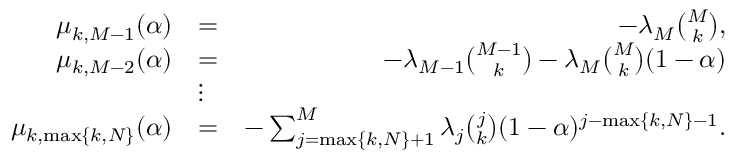
\begin{array} { r l r } { \mu _ { k , M - 1 } ( \alpha ) } & { = } & { - \lambda _ { M } { \binom { M } { k } } , } \\ { \mu _ { k , M - 2 } ( \alpha ) } & { = } & { - \lambda _ { M - 1 } { \binom { M - 1 } { k } } - \lambda _ { M } { \binom { M } { k } } ( 1 - \alpha ) } \\ & { \vdots } & \\ { \mu _ { k , \operatorname* { m a x } \{ k , N \} } ( \alpha ) } & { = } & { - \sum _ { j = \operatorname* { m a x } \{ k , N \} + 1 } ^ { M } \lambda _ { j } { \binom { j } { k } } ( 1 - \alpha ) ^ { j - \operatorname* { m a x } \{ k , N \} - 1 } . } \end{array}